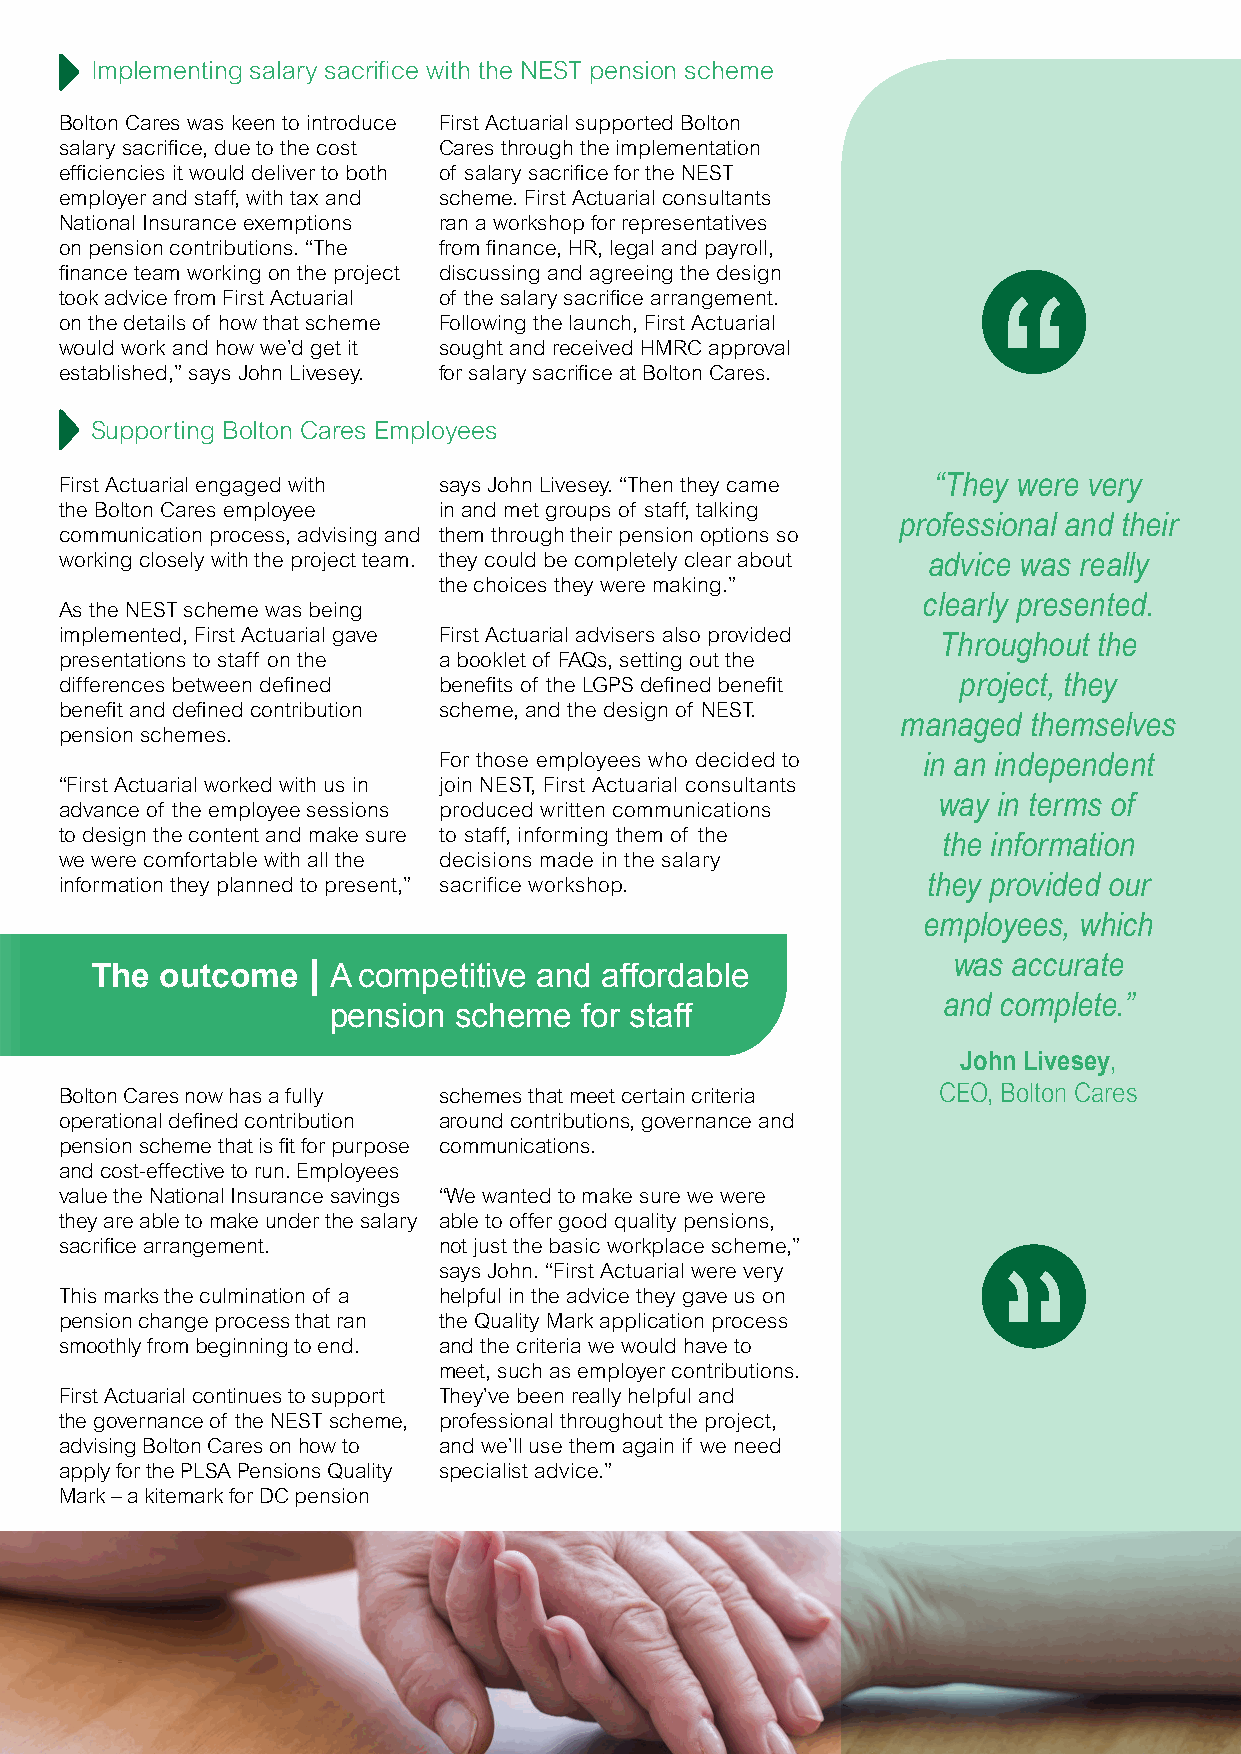
Implementing salary sacrifice with the NEST pension scheme
 Bolton Cares was keen to introduce First Actuarial supported Bolton
 salary sacrifice, due to the cost Cares through the implementation
 efficiencies it would deliver to both of salary sacrifice for the NEST
 employer and staff, with tax and scheme. First Actuarial consultants
 National Insurance exemptions ran a workshop for representatives
 on pension contributions. “The from finance, HR, legal and payroll,
 finance team working on the project discussing and agreeing the design
 took advice from First Actuarial of the salary sacrifice arrangement.
 on the details of how that scheme Following the launch, First Actuarial
 would work and how we’d get it sought and received HMRC approval
 established,” says John Livesey. for salary sacrifice at Bolton Cares.
 Supporting Bolton Cares Employees
 “They were very
 First Actuarial engaged with says John Livesey. “Then they came
 the Bolton Cares employee in and met groups of staff, talking
 professional and their
 communication process, advising and them through their pension options so
 working closely with the project team. they could be completely clear about advice was really
 the choices they were making.”
 clearly presented.
 As the NEST scheme was being
 implemented, First Actuarial gave First Actuarial advisers also provided Throughout the
 presentations to staff on the a booklet of FAQs, setting out the
 project, they
 differences between defined benefits of the LGPS defined benefit
 benefit and defined contribution scheme, and the design of NEST.
 managed themselves
 pension schemes.
 For those employees who decided to in an independent
 “First Actuarial worked with us in join NEST, First Actuarial consultants
 way in terms of
 advance of the employee sessions produced written communications
 to design the content and make sure to staff, informing them of the the information
 we were comfortable with all the decisions made in the salary
 they provided our
 information they planned to present,” sacrifice workshop.
 employees, which
 was accurate
 The  outcome  | A competitive and affordable
 and complete.”
 pension scheme  for staff
 John Livesey,
 Bolton Cares now has a fully schemes that meet certain criteria CEO, Bolton Cares
 operational defined contribution around contributions, governance and
 pension scheme that is fit for purpose communications.
 and cost-effective to run. Employees
 value the National Insurance savings “We wanted to make sure we were
 they are able to make under the salary able to offer good quality pensions,
 sacrifice arrangement.   not just the basic workplace scheme,”
 says John. “First Actuarial were very
 This marks the culmination of a helpful in the advice they gave us on
 pension change process that ran the Quality Mark application process
 smoothly from beginning to end. and the criteria we would have to
 meet, such as employer contributions.
 First Actuarial continues to support They’ve been really helpful and
 the governance of the NEST scheme, professional throughout the project,
 advising Bolton Cares on how to and we’ll use them again if we need
 apply for the PLSA Pensions Quality specialist advice.”
 Mark – a kitemark for DC pension